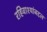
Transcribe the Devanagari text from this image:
रहिवाश्यांबद्दल